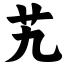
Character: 艽